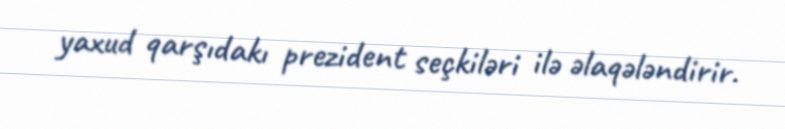
yaxud qarşıdakı prezident seçkiləri ilə əlaqələndirir.